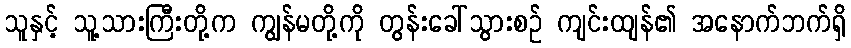
သူနှင့် သူ့သားကြီးတို့က ကျွန်မတို့ကို တွန်းခေါ်သွားစဉ် ကျင်းထျန်၏ အနောက်ဘက်ရှိ